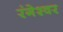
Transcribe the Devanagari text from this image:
रंगेश्वर